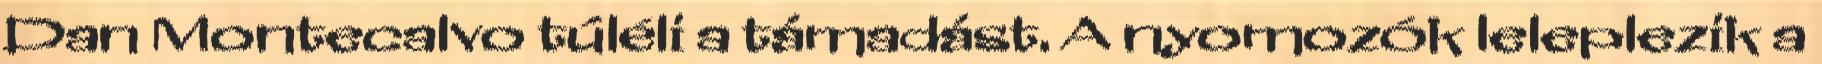
Dan Montecalvo túléli a támadást. A nyomozók leleplezik a